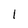
Character: 1